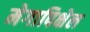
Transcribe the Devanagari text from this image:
मेगापिक्षेल